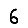
Digit: 6